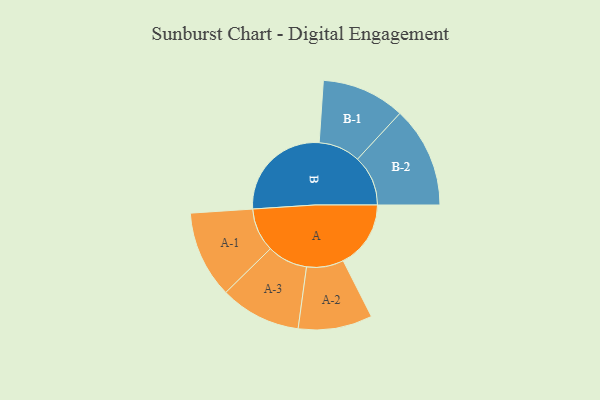
{"axis": {"x": "Segment", "y": "Value"}, "legend": ["", "A", "B"], "data": [{"x": "A", "y": 321, "type": ""}, {"x": "B", "y": 496, "type": ""}, {"x": "A-1", "y": 207, "type": "A"}, {"x": "A-2", "y": 176, "type": "A"}, {"x": "A-3", "y": 192, "type": "A"}, {"x": "B-1", "y": 198, "type": "B"}, {"x": "B-2", "y": 240, "type": "B"}]}